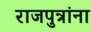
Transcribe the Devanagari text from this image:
राजपुत्रांना